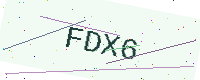
Text: FDX6